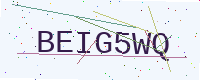
Text: BEIG5WQ